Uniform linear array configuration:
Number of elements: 32
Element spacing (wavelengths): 0.5
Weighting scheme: exponential
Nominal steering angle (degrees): -45
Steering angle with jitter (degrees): -43.805
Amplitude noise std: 0.05
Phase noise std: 0.05

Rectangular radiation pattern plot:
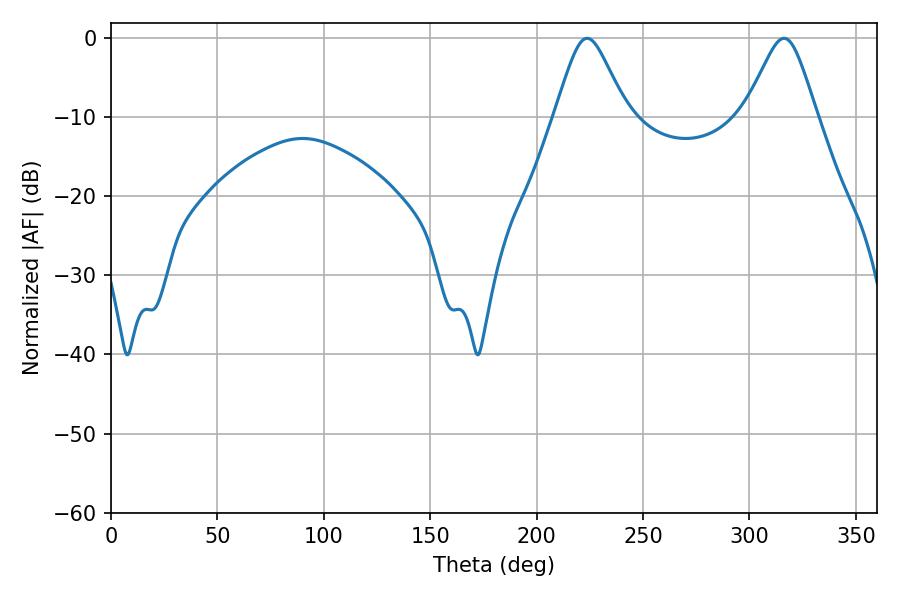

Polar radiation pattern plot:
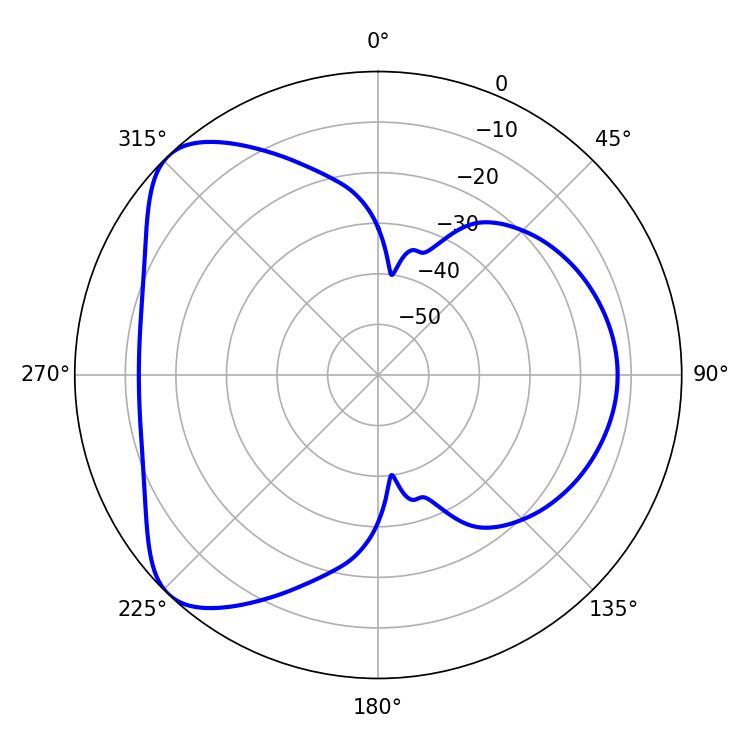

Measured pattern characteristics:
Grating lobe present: FALSE
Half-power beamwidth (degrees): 16.2
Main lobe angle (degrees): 223.74